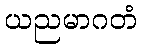
ယညမာဂတံ